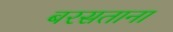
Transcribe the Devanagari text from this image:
बरसताना